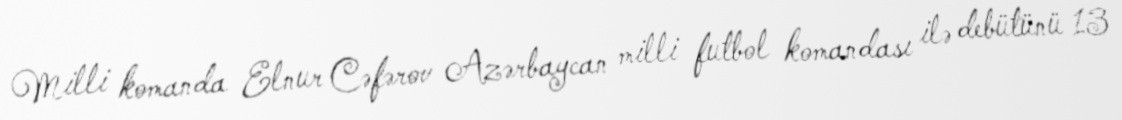
Milli komanda Elnur Cəfərov Azərbaycan milli futbol komandası ilə debütünü 13